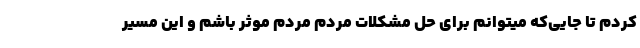
کردم تا جایی‌که میتوانم برای حل مشکلات مردم مردم موثر باشم و این مسیر